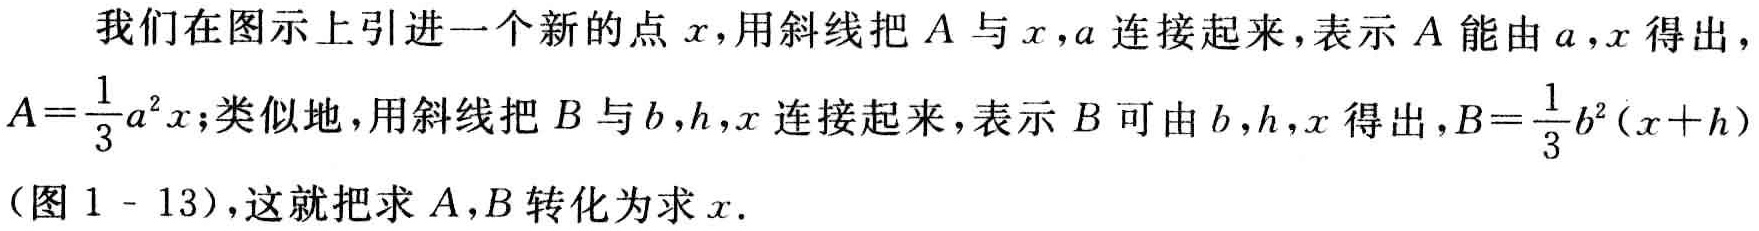
我们在图示上引进一个新的点\(x\)，用斜线把\(A\)与\(x,a\)连接起来，表示\(A\)能由\(a,x\)得出，\(A = \frac{1}{3}a^{2}x\)；类似地，用斜线把\(B\)与\(b,h,x\)连接起来，表示\(B\)可由\(b,h,x\)得出，\(B=\frac{1}{3}b^{2}(x + h)\)（图 \(1 - 13\)），这就把求\(A,B\)转化为求\(x\).